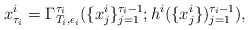
\begin{align*}x^i_{\tau_{i}}=\Gamma^{\tau_i}_{T_i,\epsilon_i}(\{x^i_{j}\}_{j=1}^{\tau_i-1};h^i(\{x^i_{j}\})_{j=1}^{\tau_i-1}),\end{align*}